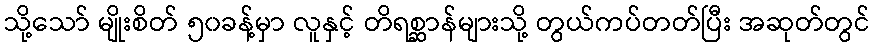
သို့သော် မျိုးစိတ် ၅၀ခန့်မှာ လူနှင့် တိရစ္ဆာန်များသို့ တွယ်ကပ်တတ်ပြီး အဆုတ်တွင်